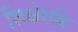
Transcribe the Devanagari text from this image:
शिक्षेसहि